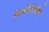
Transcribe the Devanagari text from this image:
मित्रमैत्रिणींचे